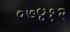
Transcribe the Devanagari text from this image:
०७४१२